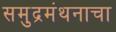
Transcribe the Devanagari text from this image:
समुद्रमंथनाचा